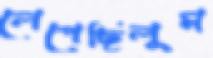
লেপেছিলুম